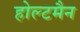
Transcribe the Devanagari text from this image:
होल्टमैन